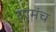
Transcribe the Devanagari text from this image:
रंगमंच